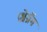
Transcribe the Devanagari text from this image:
प्रश्नेग्रॅम